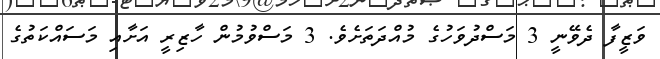
ވަޒީފާ ދެވޭނީ 3 މަސްދުވަހުގެ މުއްދަތަށެވެ. 3 މަސްވުމުން ހާޒިރީ އަށާއި މަސައްކަތުގެ